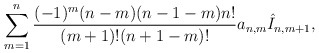
\begin{align*} \sum_{m=1}^n\frac{(-1)^m(n-m)(n-1-m)n!}{(m+1)!(n+1-m)!}a_{n,m}\hat{I}_{n,m+1},\end{align*}